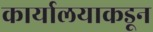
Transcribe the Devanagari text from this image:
कार्यालयाकडून